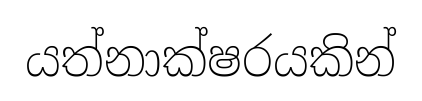
යත්නාක්ෂරයකින්